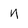
Character: n